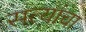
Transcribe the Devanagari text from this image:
सत्यांचा